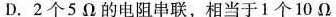
D.2个5Ω的电阻串联，相当于1个10Ω